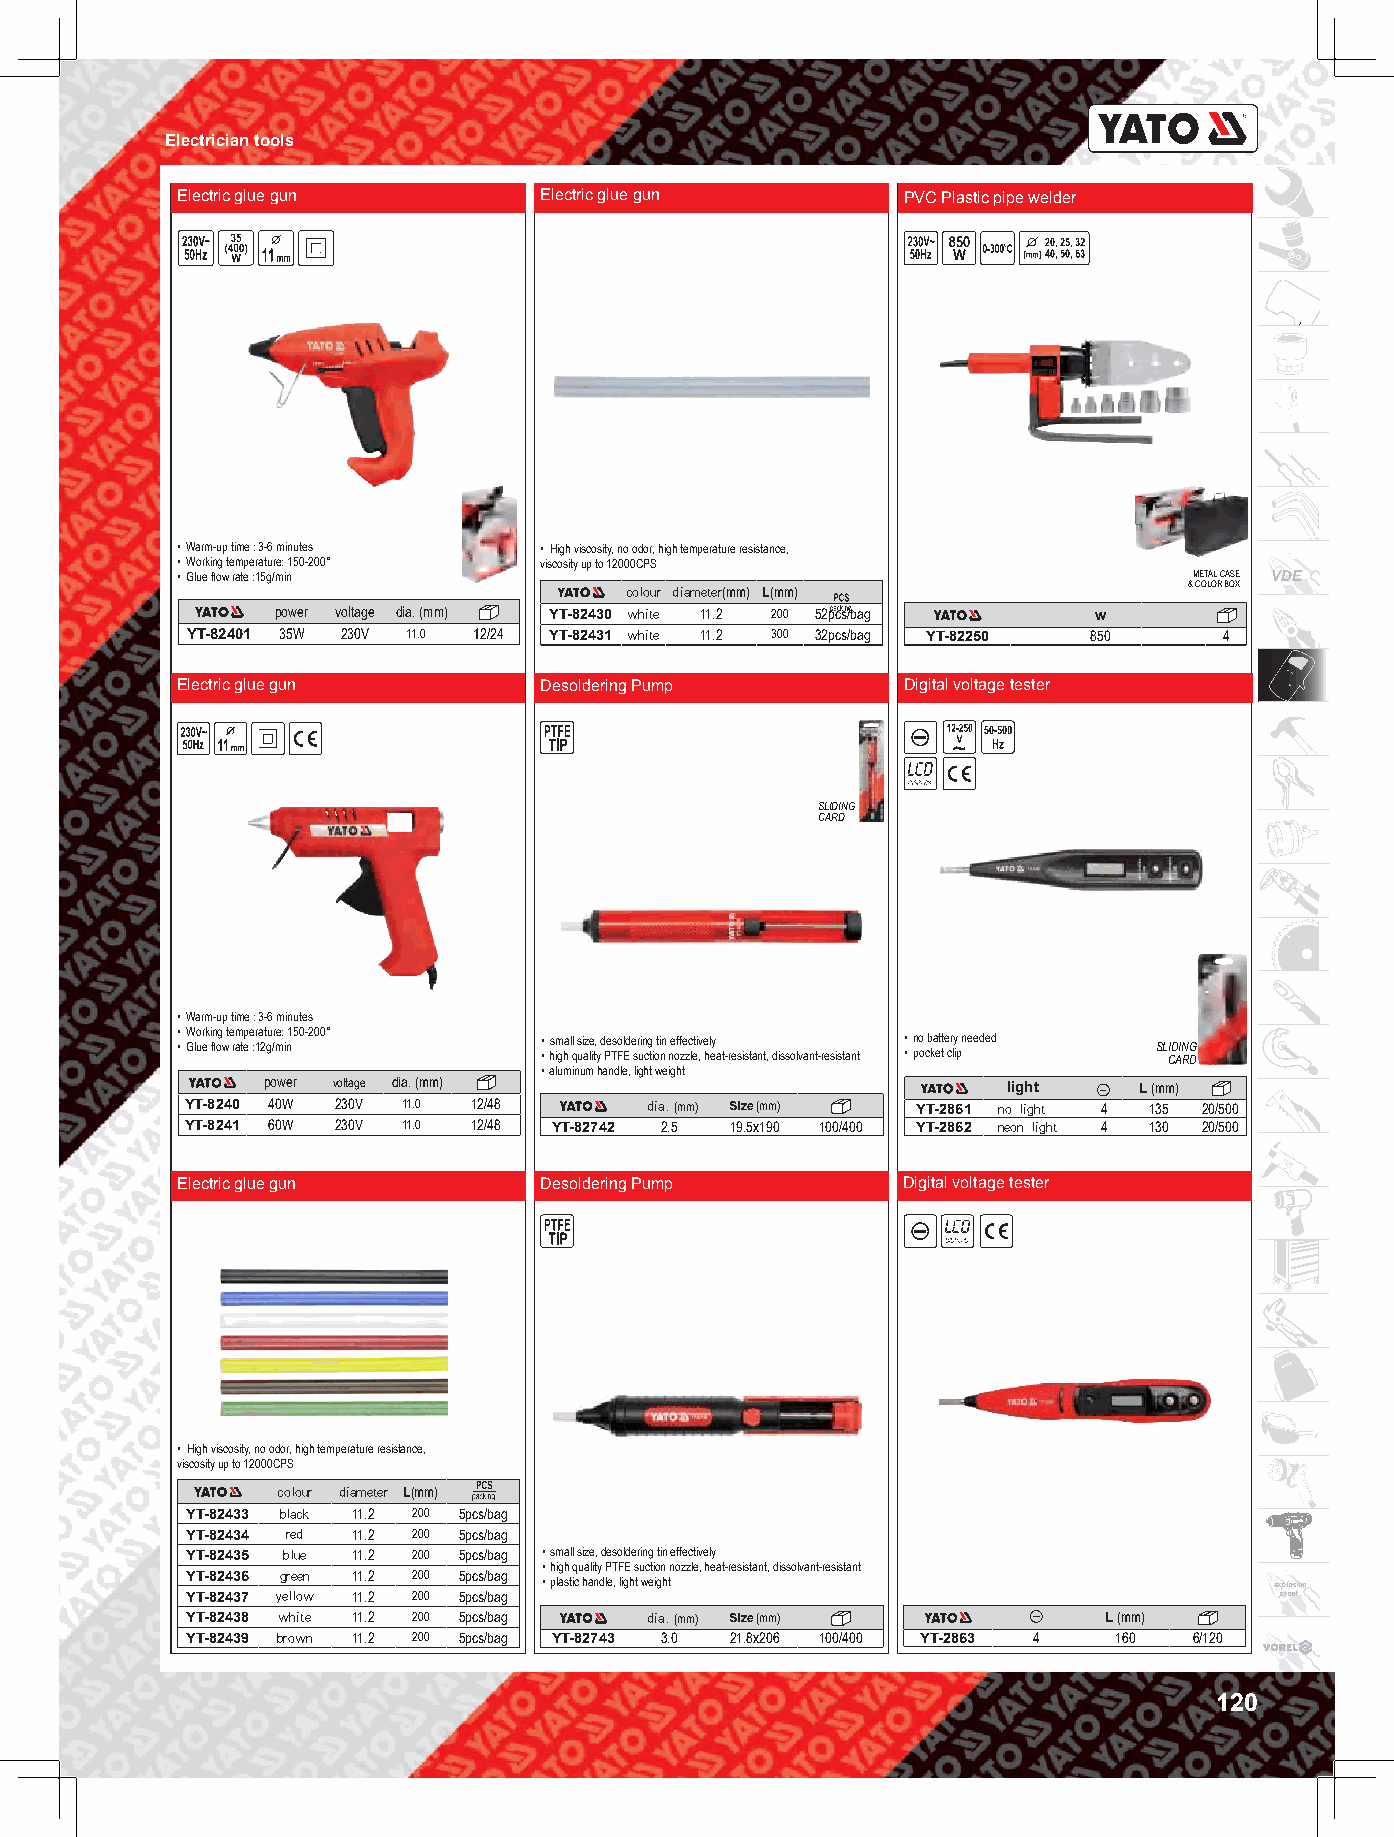
Electrician tools
 Electric glue gun       Electric glue gun       PVC Plastic pipe welder
 • Warm-up time : 3-6 minutes • High viscosity, no odor, high temperature resistance,
 • Working temperature: 150-200° viscosity up to 12000CPS
 • Glue flow rate :15g/min                                          METAL CASE VDE
 colour diameter(mm) L(mm)             & COLOR BOX
 power voltage dia. (mm) YT-82430 white 11.2 200 52pcs/bag w
 YT-82401 35W 230V 11.0 12/24 YT-82431 white 11.2 300 32pcs/bag YT-82250 850 4
 Electric glue gun       Desoldering Pump        Digital voltage tester
 SLIDING
 CARD
 • Warm-up time : 3-6 minutes
 • • W Glo ur ek i fln og w t e rm atp ee :r 1a 2t gu /r me: i n150-200° • • s hm iga hl l q s ui aze lit, y d Pe Tso Fl Ede sr uin cg ti oti nn ne off ze zc lt eiv , e hl ey at-resistant, dissolvant-resistant • • n po o cb ka et tt e cr liy p needed SL CID AIN RG D
 • aluminum handle, light weight
 power voltage dia. (mm)                           light   L (mm)
 YT-8240 40W 230V 11.0 12/48    dia. (mm) Size (mm) YT-2861 no light 4 135 20/500
 YT-8241 60W 230V 11.0 12/48 YT-82742 2.5 19.5x190 100/400 YT-2862 neon light 4 130 20/500
 Electric glue gun       Desoldering Pump        Digital voltage tester
 • High viscosity, no odor, high temperature resistance,
 viscosity up to 12000CPS
 colour diameter L(mm)
 YT-82433 black 11.2 200 5pcs/bag
 YT-82434 red 11.2 200 5pcs/bag
 YT-82435 blue 11.2 200 5pcs/bag • small size, desoldering tin effectively
 • high quality PTFE suction nozzle, heat-resistant, dissolvant-resistant
 YT-82436 green 11.2 200 5pcs/bag • plastic handle, light weight         explosion
 YT-82437 yellow 11.2 200 5pcs/bag                                        proof
 YT-82438 white 11.2 200 5pcs/bag dia. (mm) Size (mm)         L (mm)
 YT-82439 brown 11.2 200 5pcs/bag YT-82743 3.0 21.8x206 100/400 YT-2863 4 160 6/120
 120